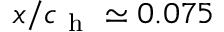
x / c _ { \mathrm { ~ h ~ } } \simeq 0 . 0 7 5